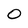
Character: 0